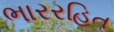
ભારરહિત